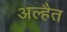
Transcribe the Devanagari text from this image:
अल्हैत